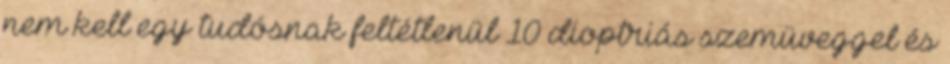
nem kell egy tudósnak feltétlenül 10 dioptriás szemüveggel és